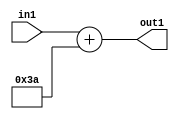
`timescale 1ps / 1ps
/*****************************************************************************
    Verilog RTL Description
    
    
    Created by: Stratus DpOpt 2019.1.01 
*******************************************************************************/

module DC_Filter_Add_12U_172_1 (
	in1,
	out1
	); /* architecture "behavioural" */ 
input [11:0] in1;
output [11:0] out1;
wire [11:0] asc001;

assign asc001 = 
	+(in1)
	+(12'B000000111010);

assign out1 = asc001;
endmodule

/* CADENCE  urnwSgg= : u9/ySgnWtBlWxVPRXgAZ4Og= ** DO NOT EDIT THIS LINE ******/